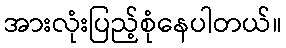
အားလုံးပြည့်စုံနေပါတယ်။